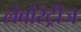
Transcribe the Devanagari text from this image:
लेबोरेट्रीज